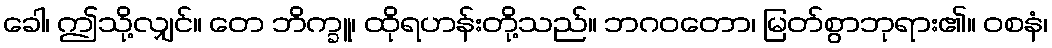
ခေါ၊ ဤသို့လျှင်။ တေ ဘိက္ခူ၊ ထိုရဟန်းတို့သည်။ ဘဂဝတော၊ မြတ်စွာဘုရား၏။ ဝစနံ၊